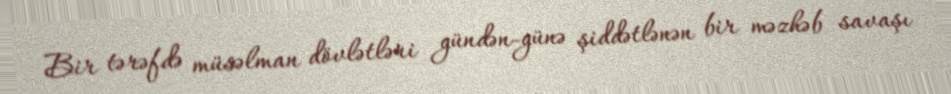
Bir tərəfdə müsəlman dövlətləri gündən-günə şiddətlənən bir məzhəb savaşı